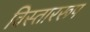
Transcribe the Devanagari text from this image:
विस्ताररूप